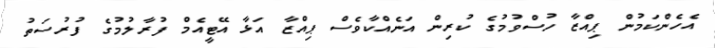
އެހެންކަމުން ޕިއްޒާ ހުސްވުމުގެ ކުރިން އަނެއްކާވެސް ޕިއްޒާ އަޅާ އޭޓީއެމް ފުރާލުމުގެ ފުރުސަތު